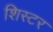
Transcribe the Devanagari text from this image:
शिस्टर